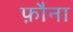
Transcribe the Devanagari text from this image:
फ़ौना